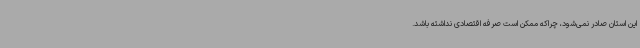
این استان صادر نمی‌شود، چراکه ممکن است صرفه اقتصادی نداشته باشد.